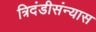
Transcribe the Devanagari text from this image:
त्रिदंडीसंन्यास